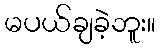
မပယ်ချခဲ့ဘူး။